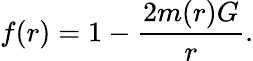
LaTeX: f(r)=1-\frac{2m(r)G}{r}.